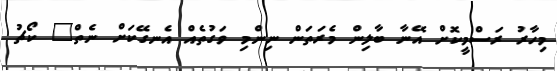
މިހާރު ރަސްމީކޮށް އޭނާ ބާލިން މެރަތަން ނިންމި ވަގުތެއް އެނގޭކަށް ނެތް" ކޯޗު